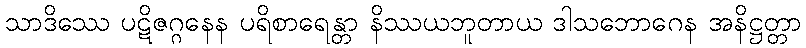
သာဒိဿေ ပဋိဇဂ္ဂနေန ပရိစာရေန္တာ နိဿယဘူတာယ ဒါသဘောဂေန အနိဋ္ဌတ္တာ